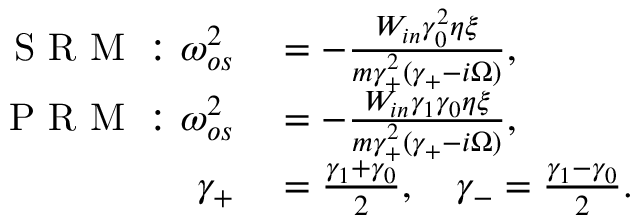
\begin{array} { r l } { \mathrm { ~ S ~ R ~ M ~ : ~ } \omega _ { o s } ^ { 2 } } & { { } = - \frac { W _ { i n } \gamma _ { 0 } ^ { 2 } \eta \xi } { m \gamma _ { + } ^ { 2 } ( \gamma _ { + } - i \Omega ) } , } \\ { \mathrm { ~ P ~ R ~ M ~ : ~ } \omega _ { o s } ^ { 2 } } & { { } = - \frac { W _ { i n } \gamma _ { 1 } \gamma _ { 0 } \eta \xi } { m \gamma _ { + } ^ { 2 } ( \gamma _ { + } - i \Omega ) } , } \\ { \gamma _ { + } } & { { } = \frac { \gamma _ { 1 } + \gamma _ { 0 } } { 2 } , \quad \gamma _ { - } = \frac { \gamma _ { 1 } - \gamma _ { 0 } } { 2 } . } \end{array}